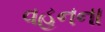
વહનના